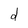
Character: d